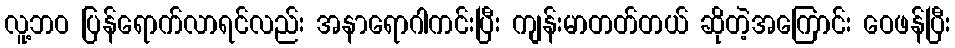
လူ့ဘဝ ပြန်ရောက်လာရင်လည်း အနာရောဂါကင်းပြီး ကျန်းမာတတ်တယ် ဆိုတဲ့အကြောင်း ဝေဖန်ပြီး